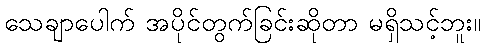
သေချာပေါက် အပိုင်တွက်ခြင်းဆိုတာ မရှိသင့်ဘူး။